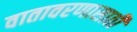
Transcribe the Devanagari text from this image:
वातावरणासाठी